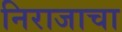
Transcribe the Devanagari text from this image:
निराजाचा